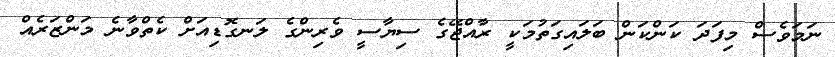
ނަމަވެސް މިފަދަ ކަންކަން ބަލައިގަތުމަކީ ރާއްޖޭގެ ސިޔާސީ ވެރިންގެ ލަނގޮޑިއަށް ކެތްވާނެ މަންޒަރެއް